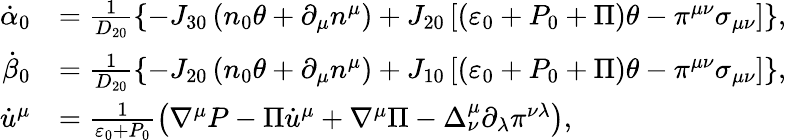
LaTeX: \begin{array}{rl}{\dot{\alpha}_{0}}&{=\frac{1}{D_{20}}\left\{ -J_{30}\left(n_{0}\theta+\partial_{\mu}n^{\mu}\right)+J_{20}\left[\left(\varepsilon_{0}+P_{0}+\Pi\right)\theta-\pi^{\mu\nu}\sigma_{\mu\nu}\right]\right\} ,}\\ {\dot{\beta}_{0}}&{=\frac{1}{D_{20}}\left\{ -J_{20}\left(n_{0}\theta+\partial_{\mu}n^{\mu}\right)+J_{10}\left[\left(\varepsilon_{0}+P_{0}+\Pi\right)\theta-\pi^{\mu\nu}\sigma_{\mu\nu}\right]\right\} ,}\\ {\dot{u}^{\mu}}&{=\frac{1}{\varepsilon_{0}+P_{0}}\left(\nabla^{\mu}P-\Pi\dot{u}^{\mu}+\nabla^{\mu}\Pi-\Delta_{\nu}^{\mu}\partial_{\lambda}\pi^{\nu\lambda}\right),}\end{array}